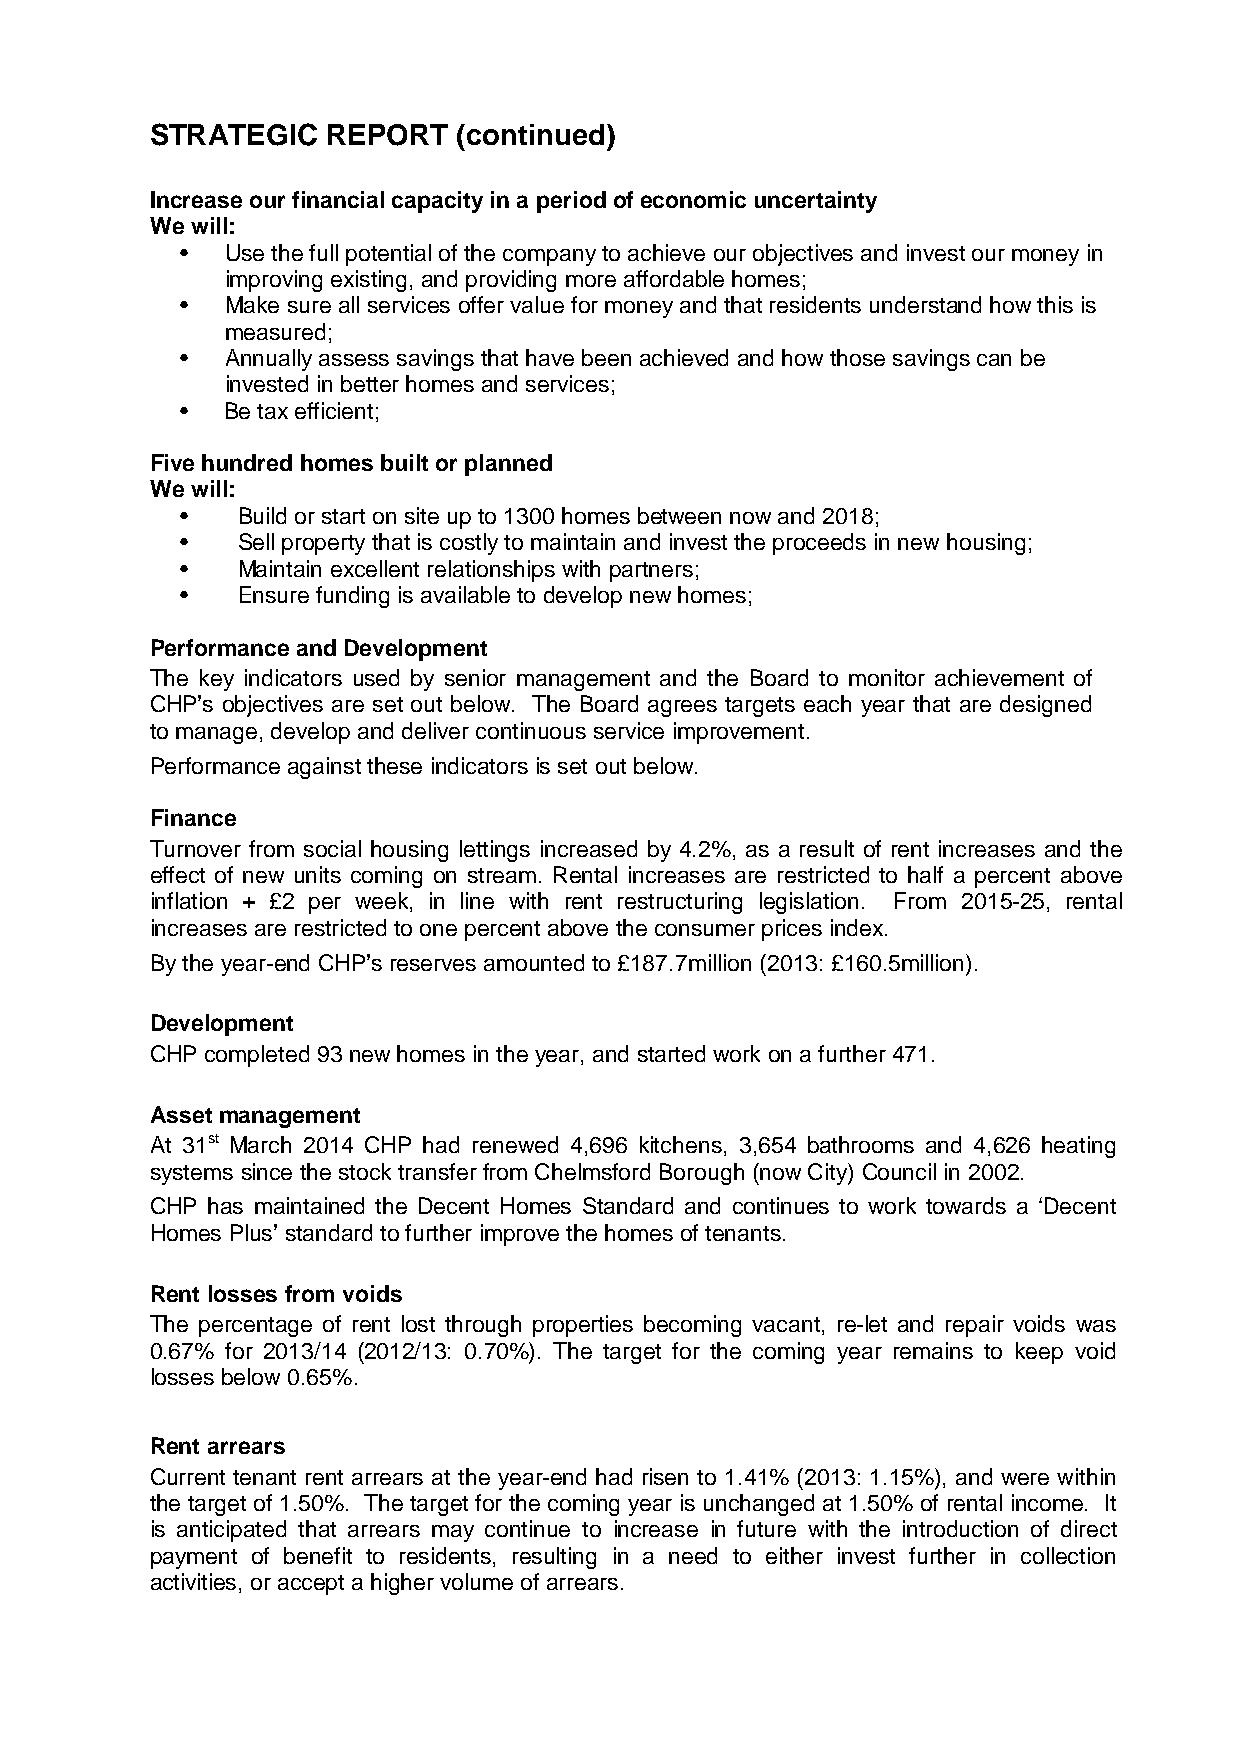
STRATEGIC   REPORT  (continued)
 Increase our financial capacity in a period of economic uncertainty
 We will:
 •  Use the full potential of the company to achieve our objectives and invest our money in
 improving existing, and providing more affordable homes;
 •  Make sure all services offer value for money and that residents understand how this is
 measured;
 •  Annually assess savings that have been achieved and how those savings can be
 invested in better homes and services;
 •  Be tax efficient;
 Five hundred homes built or planned
 We will:
 •   Build or start on site up to 1300 homes between now and 2018;
 •   Sell property that is costly to maintain and invest the proceeds in new housing;
 •   Maintain excellent relationships with partners;
 •   Ensure funding is available to develop new homes;
 Performance and Development
 The key indicators used by senior management and the Board to monitor achievement of
 CHP’s objectives are set out below. The Board agrees targets each year that are designed
 to manage, develop and deliver continuous service improvement.
 Performance against these indicators is set out below.
 Finance
 Turnover from social housing lettings increased by 4.2%, as a result of rent increases and the
 effect of new units coming on stream. Rental increases are restricted to half a percent above
 inflation + £2 per week, in line with rent restructuring legislation. From 2015-25, rental
 increases are restricted to one percent above the consumer prices index.
 By the year-end CHP’s reserves amounted to £187.7million (2013: £160.5million).
 Development
 CHP completed 93 new homes in the year, and started work on a further 471.
 Asset management
 At 31st March 2014 CHP had renewed 4,696 kitchens, 3,654 bathrooms and 4,626 heating
 systems since the stock transfer from Chelmsford Borough (now City) Council in 2002.
 CHP has maintained the Decent Homes Standard and continues to work towards a ‘Decent
 Homes Plus’ standard to further improve the homes of tenants.
 Rent losses from voids
 The percentage of rent lost through properties becoming vacant, re-let and repair voids was
 0.67% for 2013/14 (2012/13: 0.70%). The target for the coming year remains to keep void
 losses below 0.65%.
 Rent arrears
 Current tenant rent arrears at the year-end had risen to 1.41% (2013: 1.15%), and were within
 the target of 1.50%. The target for the coming year is unchanged at 1.50% of rental income. It
 is anticipated that arrears may continue to increase in future with the introduction of direct
 payment of benefit to residents, resulting in a need to either invest further in collection
 activities, or accept a higher volume of arrears.